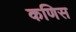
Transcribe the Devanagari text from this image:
कणिस